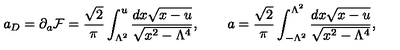
a _ { D } = \partial _ { a } { \cal F } = { \frac { \sqrt 2 } { \pi } } \int _ { \Lambda ^ { 2 } } ^ { u } { \frac { d x \sqrt { x - u } } { \sqrt { x ^ { 2 } - { \Lambda ^ { 4 } } } } } , \qquad a = { \frac { \sqrt 2 } { \pi } } \int _ { - { \Lambda ^ { 2 } } } ^ { \Lambda ^ { 2 } } { \frac { d x \sqrt { x - u } } { \sqrt { x ^ { 2 } - { \Lambda ^ { 4 } } } } } ,